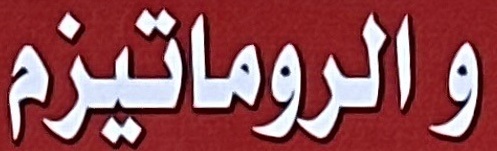
والروماتيزم